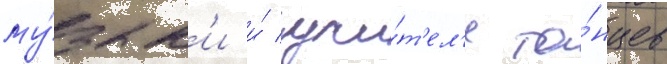
му́зык'и и́ учи́т'ел'я та́нцев